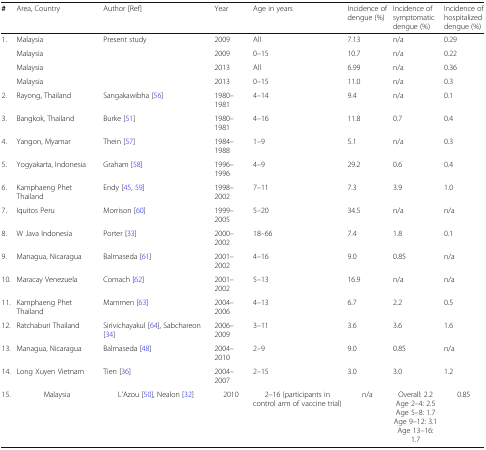
<table><thead><tr><td><b>#</b></td><td><b>Area, Country</b></td><td><b>Author [Ref]</b></td><td><b>Year</b></td><td><b>Age in years</b></td><td><b>Incidence of dengue (%)</b></td><td><b>Incidence of symptomatic dengue (%)</b></td><td><b>Incidence of hospitalized dengue (%)</b></td></tr></thead><tbody><tr><td rowspan="4">1.</td><td>Malaysia</td><td>Present study</td><td>2009</td><td>All</td><td>7.13</td><td>n/a</td><td>0.29</td></tr><tr><td>Malaysia</td><td>[EMPTY_CELL]</td><td>2009</td><td>0–15</td><td>10.7</td><td>n/a</td><td>0.22</td></tr><tr><td>Malaysia</td><td>[EMPTY_CELL]</td><td>2013</td><td>All</td><td>6.99</td><td>n/a</td><td>0.36</td></tr><tr><td>Malaysia</td><td>[EMPTY_CELL]</td><td>2013</td><td>0–15</td><td>11.0</td><td>n/a</td><td>0.3</td></tr><tr><td>2.</td><td>Rayong, Thailand</td><td>Sangakawibha [56]</td><td>1980–1981</td><td>4–14</td><td>9.4</td><td>n/a</td><td>0.1</td></tr><tr><td>3.</td><td>Bangkok, Thailand</td><td>Burke [51]</td><td>1980–1981</td><td>4–16</td><td>11.8</td><td>0.7</td><td>0.4</td></tr><tr><td>4.</td><td>Yangon, Myamar</td><td>Thein [57]</td><td>1984–1988</td><td>1–9</td><td>5.1</td><td>n/a</td><td>0.3</td></tr><tr><td>5.</td><td>Yogyakarta, Indonesia</td><td>Graham [58]</td><td>1996–1996</td><td>4–9</td><td>29.2</td><td>0.6</td><td>0.4</td></tr><tr><td>6.</td><td>Kamphaeng Phet Thailand</td><td>Endy [45, 59]</td><td>1998–2002</td><td>7–11</td><td>7.3</td><td>3.9</td><td>1.0</td></tr><tr><td>7.</td><td>Iquitos Peru</td><td>Morrison [60]</td><td>1999–2005</td><td>5–20</td><td>34.5</td><td>n/a</td><td>n/a</td></tr><tr><td>8.</td><td>W Java Indonesia</td><td>Porter [33]</td><td>2000–2002</td><td>18–66</td><td>7.4</td><td>1.8</td><td>0.1</td></tr><tr><td>9.</td><td>Managua, Nicaragua</td><td>Balmaseda [61]</td><td>2001–2002</td><td>4–16</td><td>9.0</td><td>0.85</td><td>n/a</td></tr><tr><td>10.</td><td>Maracay Venezuela</td><td>Comach [62]</td><td>2001–2002</td><td>5–13</td><td>16.9</td><td>n/a</td><td>n/a</td></tr><tr><td>11.</td><td>Kamphaeng Phet Thailand</td><td>Mammen [63]</td><td>2004–2006</td><td>4–13</td><td>6.7</td><td>2.2</td><td>0.5</td></tr><tr><td>12.</td><td>Ratchaburi Thailand</td><td>Sirivichayakul [64], Sabchareon [34]</td><td>2006–2009</td><td>3–11</td><td>3.6</td><td>3.6</td><td>1.6</td></tr><tr><td>13.</td><td>Managua, Nicaragua</td><td>Balmaseda [48]</td><td>2004–2010</td><td>2–9</td><td>9.0</td><td>0.85</td><td>n/a</td></tr><tr><td>14.</td><td>Long Xuyen Vietnam</td><td>Tien [36]</td><td>2004–2007</td><td>2–15</td><td>3.0</td><td>3.0</td><td>1.2</td></tr><tr><td>15.</td><td>Malaysia</td><td>L’Azou [50], Nealon [32]</td><td>2010</td><td>2–16 (participants in control arm of vaccine trial)</td><td>n/a</td><td>Overall: 2.2Age 2–4: 2.5Age 5–8: 1.7Age 9–12: 3.1Age 13–16: 1.7</td><td>0.85</td></tr></tbody></table>